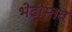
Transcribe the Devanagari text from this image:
भेटीस्तव